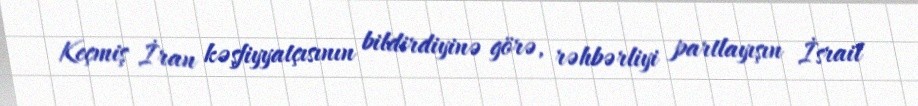
Keçmiş İran kəşfiyyatçısının bildirdiyinə görə, rəhbərliyi partlayışın İsrail